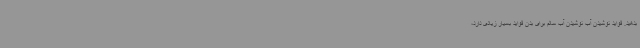
بدهید. فواید نوشیدن آب نوشیدن آب سالم برای بدن فواید بسیار زیادی دارد،